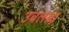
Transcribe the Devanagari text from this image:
उबलब्ध